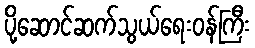
ပို့ဆောင်ဆက်သွယ်ရေးဝန်ကြီး